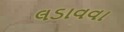
લડાવવા